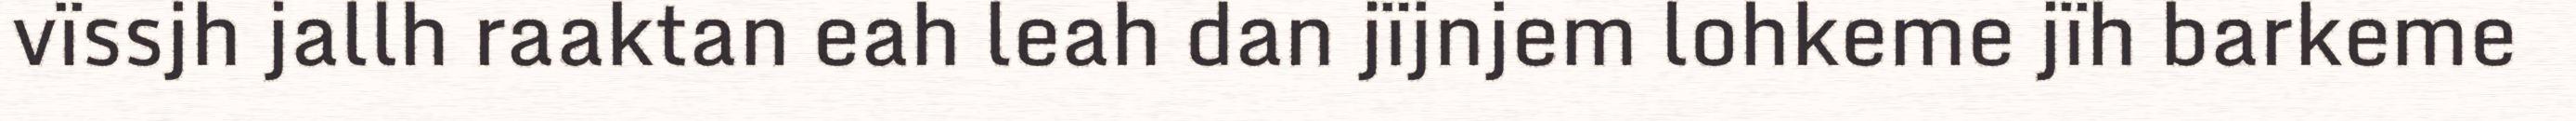
vïssjh jallh raaktan eah leah dan jïjnjem lohkeme jïh barkeme